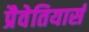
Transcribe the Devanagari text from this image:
प्रैवेतियार्स